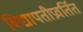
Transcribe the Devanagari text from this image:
विद्यापतीप्रवर्तित